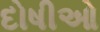
દોષીઓ